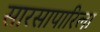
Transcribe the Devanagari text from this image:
सारसापारिला